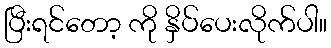
ပြီးရင်တော့ ကို နှိပ်ပေးလိုက်ပါ။